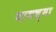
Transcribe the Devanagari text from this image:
घायच्या